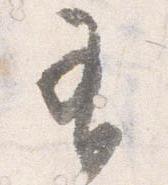
有